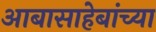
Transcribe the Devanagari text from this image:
आबासाहेबांच्या